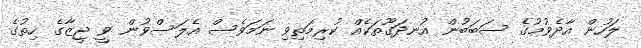
ލަހުން އާދެވުމުގެ ސަބަބުން އުނދަގޫތަކެއް ކުރިމަތިވި ނަމަވެސް އެލަސްވުން ވީ ޖީޒާގެ ހިތުގެ